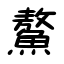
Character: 鰲